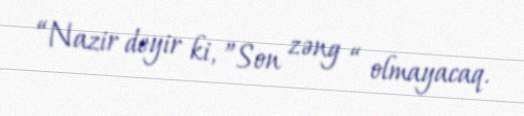
“Nazir deyir ki, ”Son zəng “ olmayacaq.